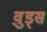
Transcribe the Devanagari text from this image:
व़ुड्स